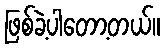
ဖြစ်ခဲ့ပါတော့တယ်။